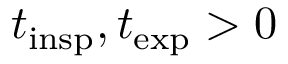
t _ { \mathrm { i n s p } } , t _ { \mathrm { e x p } } > 0